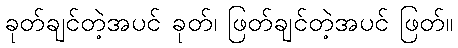
ခုတ်ချင်တဲ့အပင် ခုတ်၊ ဖြတ်ချင်တဲ့အပင် ဖြတ်။